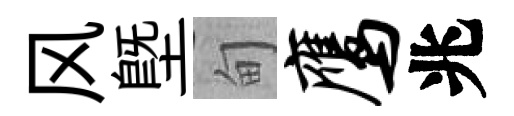
风塈甸鹰兆